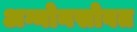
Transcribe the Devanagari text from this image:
अग्नोनसोबत